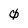
Character: 0